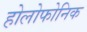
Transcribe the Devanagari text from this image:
होलोफोनिक